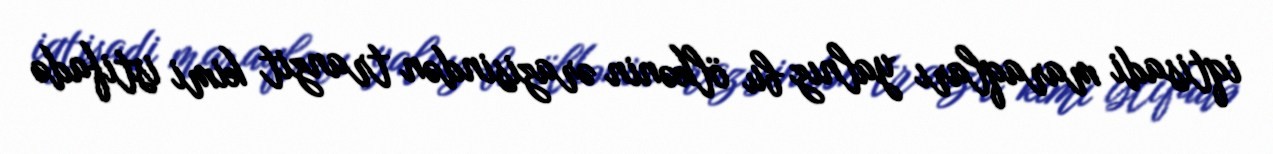
iqtisadi maraqları yalnız bu ölkənin ərazisindən tranzit kimi istifadə